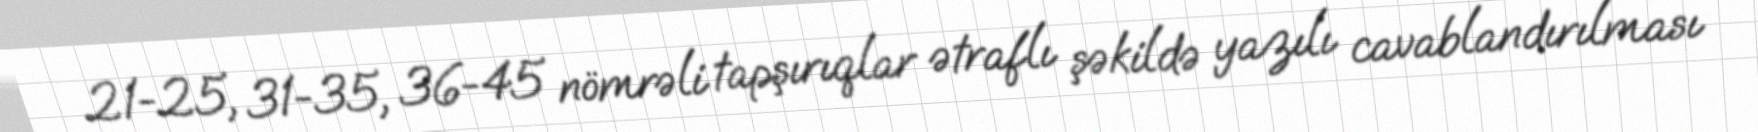
21-25, 31-35, 36-45 nömrəli tapşırıqlar ətraflı şəkildə yazılı cavablandırılması